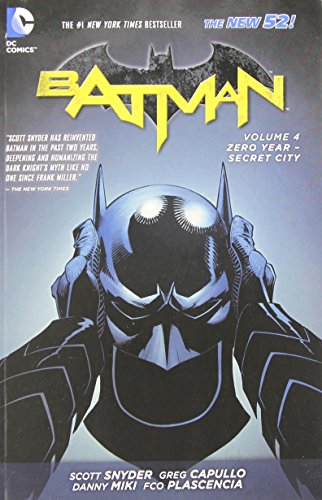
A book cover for Batman Vol. 4: Zero Year-Secret City (The New 52) (Batman (DC Comics Paperback)); Scott Snyder; Comics & Graphic Novels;